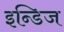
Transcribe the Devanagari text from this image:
इन्डिज